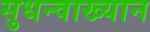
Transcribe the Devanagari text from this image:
सुधन्वाख्यान